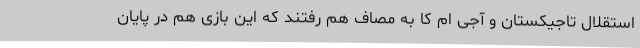
استقلال تاجیکستان و آجی ام کا به مصاف هم رفتند که این بازی هم در پایان